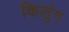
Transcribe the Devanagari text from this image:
किलुंग